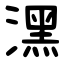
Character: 潶